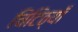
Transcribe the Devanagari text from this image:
चिटिठ्यॉँ